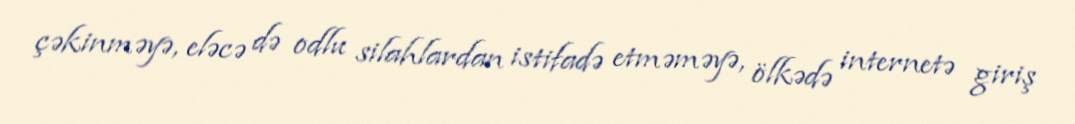
çəkinməyə, eləcə də odlu silahlardan istifadə etməməyə, ölkədə internetə giriş